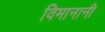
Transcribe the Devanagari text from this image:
विमानानी